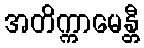
အတိက္ကာမေန္တီ